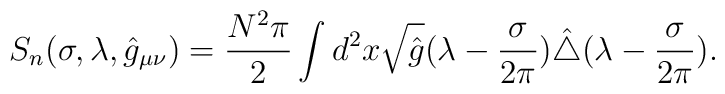
S_{n}(\sigma,\lambda,\hat{g}_{\mu\nu})={N^2\pi\over 2}\int d^2x\sqrt{\hat{g}}(\lambda-{\sigma\over 2\pi})\hat{\triangle}(\lambda-{\sigma\over 2\pi}).